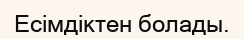
Есімдіктен болады.